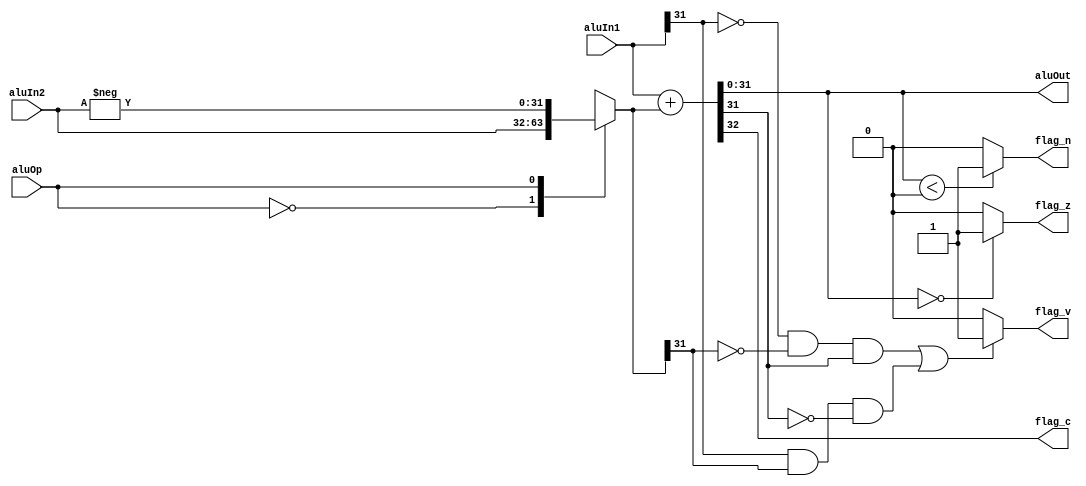
/*
	Conditions for overflow and carry: http://teaching.idallen.com/dat2343/10f/notes/040_overflow.txt
*/


module alu(
		input [31:0] aluIn1, input [31:0] aluIn2, input aluOp, output reg [31:0] aluOut, 
		output reg flag_z, output reg flag_n, output reg flag_c, output reg flag_v
);
 	reg [31:0] signedAluIn2;
	
	always@(aluIn1 or aluIn2 or aluOp)
	begin
		case(aluOp)
			1'b0: signedAluIn2 = aluIn2;
			1'b1: signedAluIn2 = -aluIn2;
		endcase
		
		{flag_c,aluOut} = aluIn1 + signedAluIn2;
		
		flag_z = (aluOut == 0)?1'b1:1'b0;
		flag_n = (aluOut < 0)?1'b1:1'b0;
		flag_v = ( (aluIn1[31]==0 && signedAluIn2[31]==0 && aluOut[31]==1 ) || (aluIn1[31]==1 && signedAluIn2[31]==1 && aluOut[31]==0 ) )?1:0;
	end
endmodule

module adder32bit(input [31:0] op1, input [31:0] op2, output reg [31:0] res);
	always@(op1 or op2)
		res = op1 + op2;
endmodule